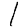
Digit: 1